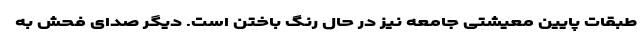
طبقات پایین معیشتی جامعه نیز در حال رنگ باختن است. دیگر صدای فحش به